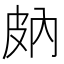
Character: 𤿒